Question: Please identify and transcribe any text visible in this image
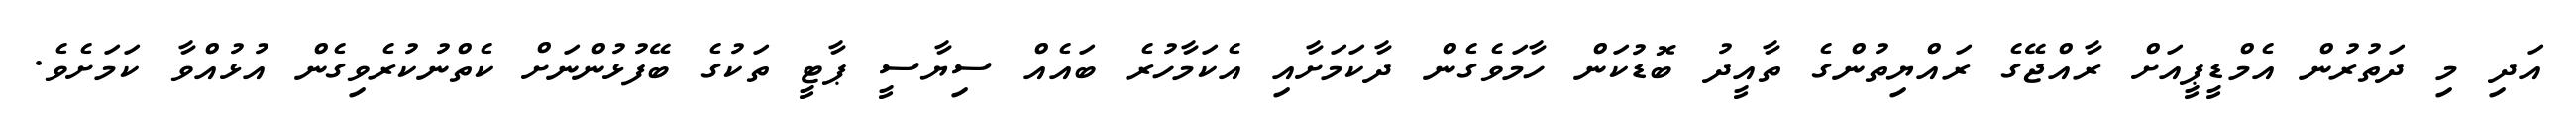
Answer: އަދި މި ދަތުރުން އެމްޑީޕީއަށް ރާއްޖޭގެ ރައްޔިތުންގެ ތާއީދު ބޮޑުކަން ހާމަވެގެން ދާކަމަށާއި އެކަމާހުރެ ބައެއް ސިޔާސީ ޕާޓީ ތަކުގެ ބޭފުޅުންނަށް ކެތްނުކުރެވިގެން އުޅުއްވާ ކަމަށެވެ.